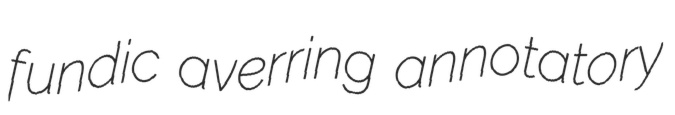
fundic averring annotatory